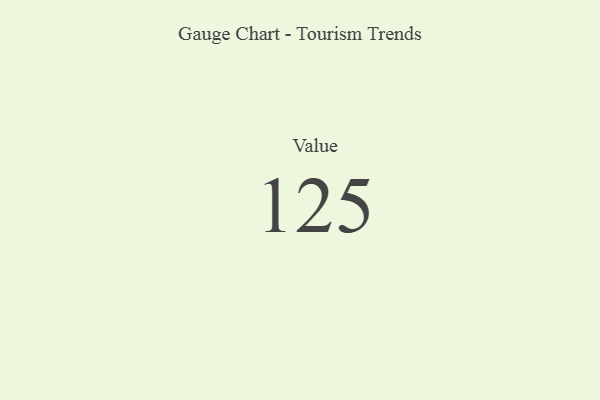
{"axis": {"x": "Metric", "y": "Value"}, "legend": [""], "data": [{"x": "Value", "y": 125, "type": ""}]}